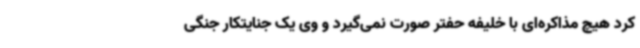
کرد هیچ مذاکره‌ای با خلیفه حفتر صورت نمی‌گیرد و وی یک جنایتکار جنگی